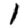
Digit: 1